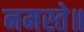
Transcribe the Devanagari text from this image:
नमस्ते॥